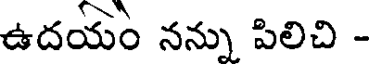
ఉదయం నన్ను పిలిచి -